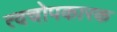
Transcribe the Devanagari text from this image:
त्वचोपकारक